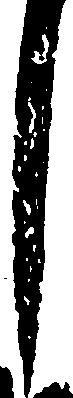
し